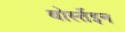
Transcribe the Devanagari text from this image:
थोर्स्तेइन